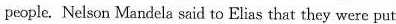
people. Nelson Mandela said to Elias that they were put